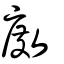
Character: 𢾅